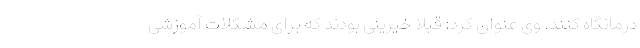
درمانگاه کنند. وی عنوان کرد: قبلا خیرینی بودند که برای مشکلات آموزشی